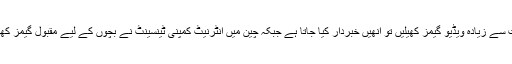
جاپان میں کھلاڑی اگر مقررہ وقت سے زیادہ ویڈیو گیمز کھیلیں تو انھیں خبردار کیا جاتا ہے جبکہ چین میں انٹرنیٹ کمپنی ٹینسینٹ نے بچوں کے لیے مقبول گیمز کھیلنے کی مدت مقرر کی ہوئی ہے۔